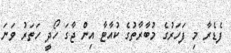
ފެޑެރާ މި ފަހަރުގެ މުބާރާތުގެ ކުއާޓާ އިން ޖާގަ ހޯދީ ހަތަރު ވަނަ